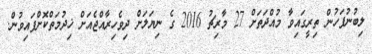
ލިބުނުފަހުން ތިރީގައިވާ މުއްދަތަށް 27 މާރިޗު 2016 ގެ ނިޔަލަށް ދިވެހިރާއްޖެއަށް ޚިދުމަތްކޮށްފައިވުން.